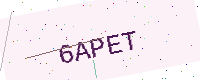
Text: 6APET